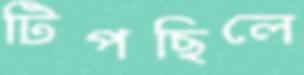
টিপছিলে